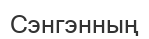
Сэнгэнның